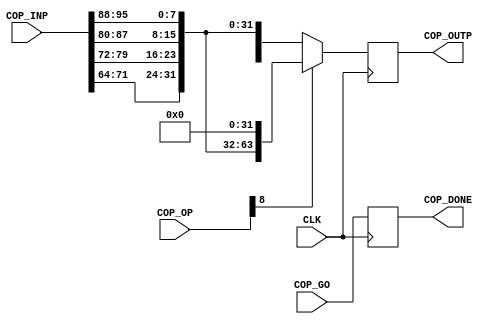
module ex_copro( CLK, COP_GO, COP_OP, COP_INP, COP_DONE, COP_OUTP);
input			CLK;
input			COP_GO;
input	[23:0]	COP_OP;
input  [127:0]	COP_INP;
output	reg		COP_DONE;
output	reg	[63:0]	COP_OUTP;
	always @(posedge CLK)
		COP_OUTP <= COP_OP[8] ? {COP_INP[71:64],COP_INP[79:72],COP_INP[87:80],COP_INP[95:88],32'd0}
					: {COP_INP[7:0],COP_INP[15:8],COP_INP[23:16],COP_INP[31:24],COP_INP[71:64],COP_INP[79:72],COP_INP[87:80],COP_INP[95:88]};
	always @(posedge CLK) COP_DONE <= COP_GO;
endmodule